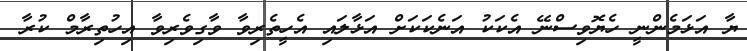
ޔާ އަޅަމެންނީ ހެޔޮވިސްނޭ އެކަކު އަނެކަކަށް އަޅާލައި އެހީތެރިވާ ވާގިވެރިވާ އިހުތިރާމް ކުރާ